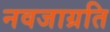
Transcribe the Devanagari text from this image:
नवजाग्रति